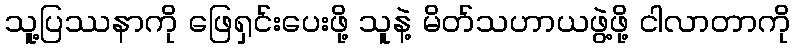
သူ့ပြဿနာကို ဖြေရှင်းပေးဖို့ သူနဲ့ မိတ်သဟာယဖွဲ့ဖို့ ငါလာတာကို